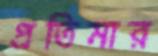
প্রতিমার